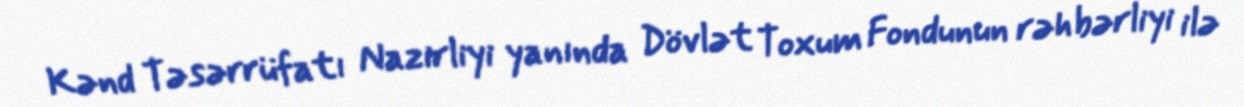
Kənd Təsərrüfatı Nazirliyi yanında Dövlət Toxum Fondunun rəhbərliyi ilə